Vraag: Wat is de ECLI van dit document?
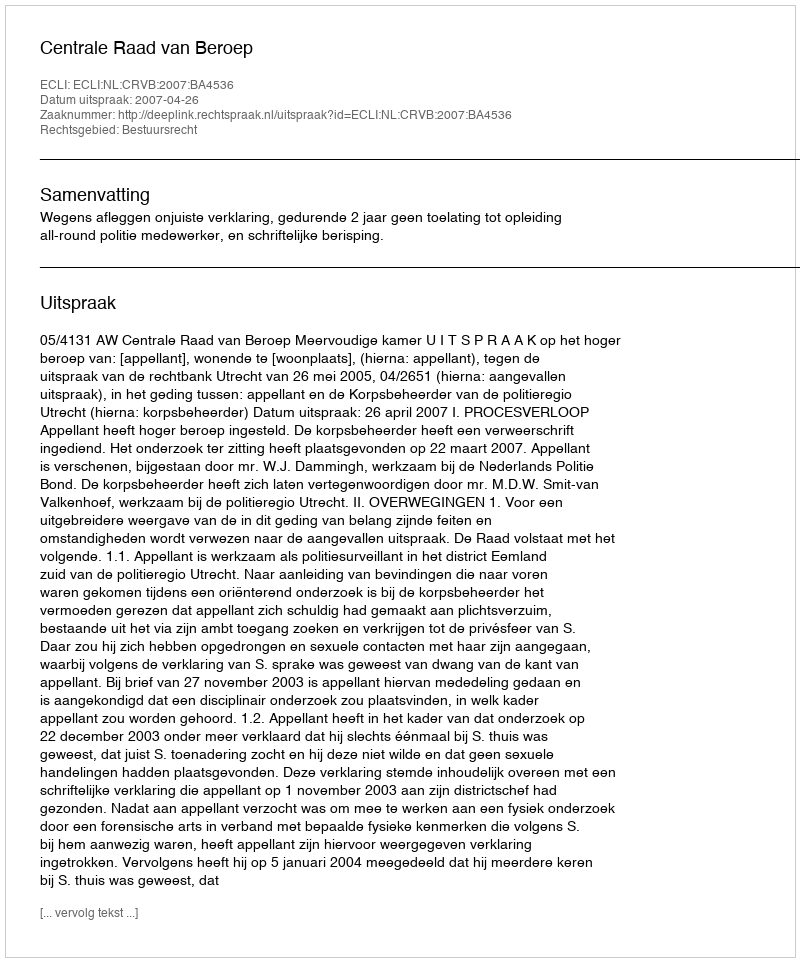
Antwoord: ECLI:NL:CRVB:2007:BA4536